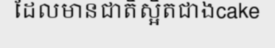
ដែលមានជាតិស្អិតជាងcake